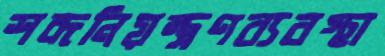
শব্দনিয়ন্ত্রণব্যবস্থা